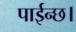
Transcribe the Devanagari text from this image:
पाईन्छ।